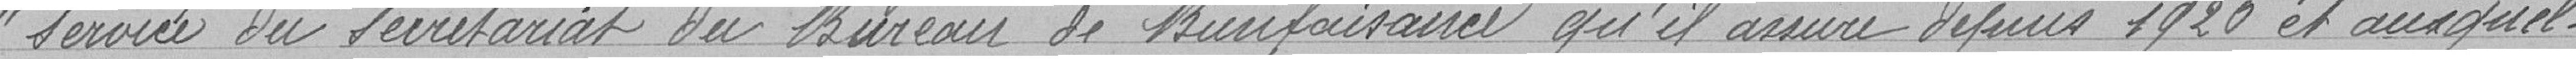
" service du secrétariat du Bureau de Bienfaisance qu'il assure depuis 1920 et auxquel-